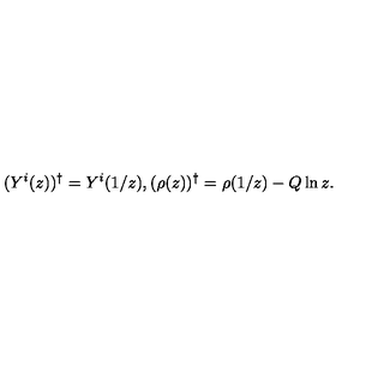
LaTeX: ( Y ^ { i } ( z ) ) ^ { \dag } = Y ^ { i } ( 1 / z ) , ( \rho ( z ) ) ^ { \dag } = \rho ( 1 / z ) - Q \ln z .